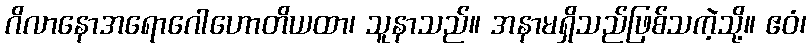
ဂိလာနောအရောဂေါဟောတိယထာ၊ သူနာသည်။ အနာမရှိသည်ဖြစ်သကဲ့သို့။ ဧဝံ၊